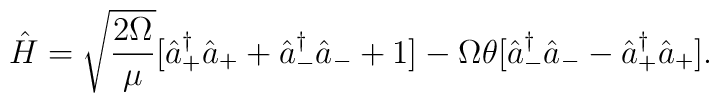
\hat{H}=\sqrt{\frac{2\Omega}{\mu}}[\hat{a}_+^{\dag} \hat{a}_+ +\hat{a}_-^{\dag}\hat{a}_- +1 ] - \Omega \theta [\hat{a}_-^{\dag}\hat{a}_- - \hat{a}_+^{\dag} \hat{a}_+].